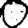
Digit: 0